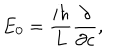
E _ { 0 } = { \frac { i \hbar } { L } } { \frac { \partial } { \partial c } } ,